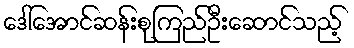
ဒေါ်အောင်ဆန်းစုကြည်ဦးဆောင်သည့်